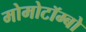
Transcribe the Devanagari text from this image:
मोमोटॉम्बो